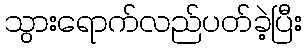
သွားရောက်လည်ပတ်ခဲ့ပြီး